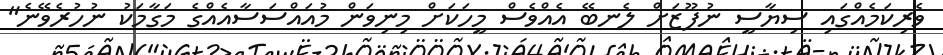
ވެރިކަމެއްގައި ސިޔާސީ ނުފޫޒަށް ލެނބޭ އެއްވެސް މީހަކަށް މިނިވަން މުއައްސަސާއެއްގެ މަގާމަކު ނުހުރެވޭނެ"